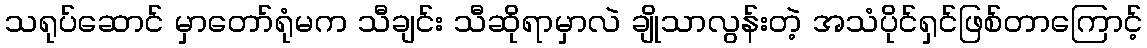
သရုပ်ဆောင် မှာတော်ရုံမက သီချင်း သီဆိုရာမှာလဲ ချိုသာလွန်းတဲ့ အသံပိုင်ရှင်ဖြစ်တာကြောင့်